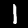
Digit: 1